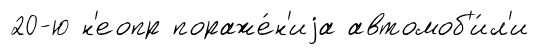
20-ю н'еопр пораже́н'иjа автомоб'и́л'и